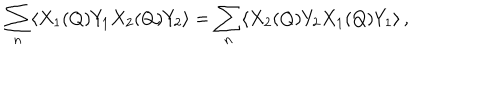
LaTeX: \sum _ { n } \langle X _ { 1 } ( Q ) Y _ { 1 } X _ { 2 } ( Q ) Y _ { 2 } \rangle = \sum _ { n } \langle X _ { 2 } ( Q ) Y _ { 2 } X _ { 1 } ( Q ) Y _ { 1 } \rangle \, ,